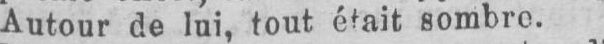
Autour de lui, tout était sombre.